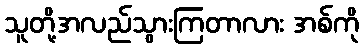
သူတို့အလည်သွားကြတာလား အစ်ကို